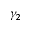
\gamma _ { 2 }